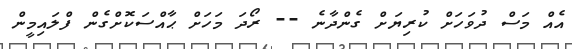
އެއް މަސް ދުވަހަށް ކުރިޔަށް ގެންދާނެ -- ރޯދަ މަހަށް ޙާއްސަކޮށްގެން ފްލައިމީން